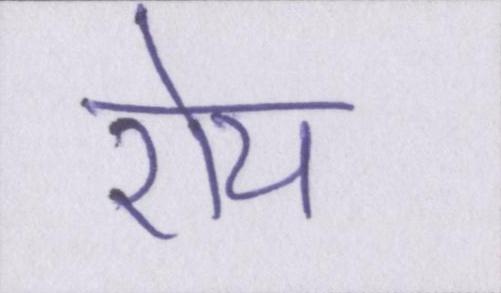
रोय